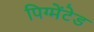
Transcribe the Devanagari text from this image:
पिग्मेंटेड